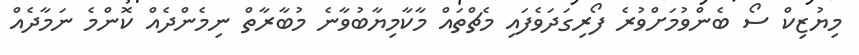
މިޔުޒިކް ސޯ ބެންވުމަށްވުރެ ފޯރިގަދަވެފައި މެޗްތައް މާކާމިޔާބުވާނެ މުބާރާތް ނިމެންދެއް ކޮންމެ ނަމާދެއް